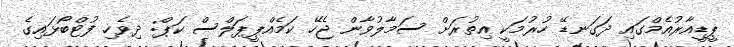
ޕީޑީއާރުއެމްގައި ދަގަނޑޭ ހުރުމަކީ އިތުރަށް ސަމާލުވާން ޖެހޭ ކަމެއްޕީޕަލްސް ކަޕް: ދިވެހި ފުޓްބޯޅައިގެ